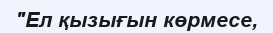
"Ел қызығын көрмесе,